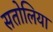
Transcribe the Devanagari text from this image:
सतोलिया